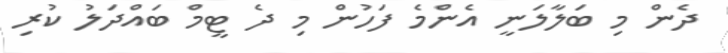
ދެން މި ބަލާލަނީ އެންމެ ފަހުން މި ދެ ޓީމް ބައްދަލު ކުރި